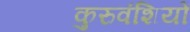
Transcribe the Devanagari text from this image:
कुरुवंशियों